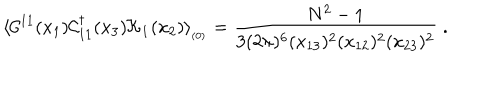
\langle { \cal C } ^ { 1 1 } ( x _ { 1 } ) { \cal C } _ { 1 1 } ^ { \dagger } ( x _ { 3 } ) { \cal K } _ { { \bf 1 } } ( x _ { 2 } ) \rangle _ { _ { ( 0 ) } } = { \frac { N ^ { 2 } - 1 } { 3 ( 2 \pi ) ^ { 6 } ( x _ { 1 3 } ) ^ { 2 } ( x _ { 1 2 } ) ^ { 2 } ( x _ { 2 3 } ) ^ { 2 } } } \; .